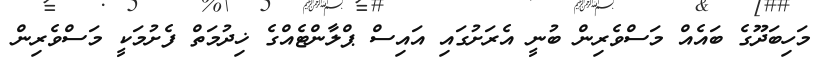
މަހިބަދޫގެ ބައެއް މަސްވެރިން ބުނީ އެރަށުގައި އައިސް ޕްލާންޓެއްގެ ޚިދުމަތް ފެށުމަކީ މަސްވެރިން